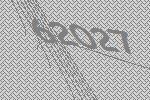
62027